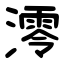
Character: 澪